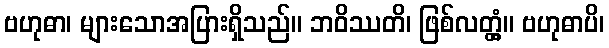
ဗဟုဓာ၊ များသောအပြားရှိသည်။ ဘဝိဿတိ၊ ဖြစ်လတ္တံ့။ ဗဟုဓာပိ၊